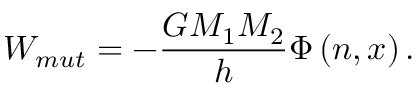
W _ { m u t } = \displaystyle - \frac { G M _ { 1 } M _ { 2 } } { h } \Phi \left( n , x \right) .